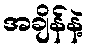
အချိန်နဲ့